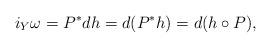
LaTeX: \begin{align*}i_Y\omega=P^*d h=d(P^*h)=d(h\circ P),\end{align*}